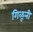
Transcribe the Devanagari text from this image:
गिळूनी